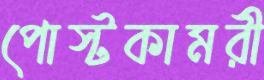
পোস্টকামরী